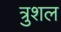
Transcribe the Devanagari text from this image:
त्रुशल